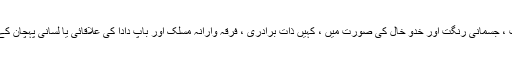
کہیں قد و قامت ، جسمانی رنگت اور خدو خال کی صورت میں ، کہیں ذات برادری ، فرقہ وارانہ مسلک اور باپ دادا کی علاقائی یا لسانی پہچان کے حوالے سے ۔